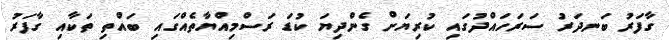
ގާފަރު ބަނދަރު ސަރަހައްދުގައި ކުރިޔަށް ގެންދިޔަ ކުޑަ ރަސްމިއްޔާތެއްގައި ބައްތި ތަކާއި ގާފަރު